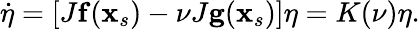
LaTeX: \begin{array}{r}{\dot{\mathbf{\eta}}=\left[J\mathbf{f}(\mathbf{x}_{s})-\nu J\mathbf{g}(\mathbf{x}_{s})\right]\mathbf{\eta}=K(\nu)\mathbf{\eta}.}\end{array}